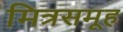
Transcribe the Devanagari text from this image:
मित्रसमूह